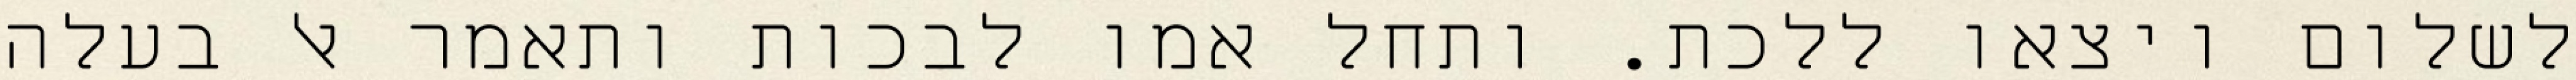
לשלום ויצאו ללכת. ותחל אמו לבכות ותאמר אל בעלה